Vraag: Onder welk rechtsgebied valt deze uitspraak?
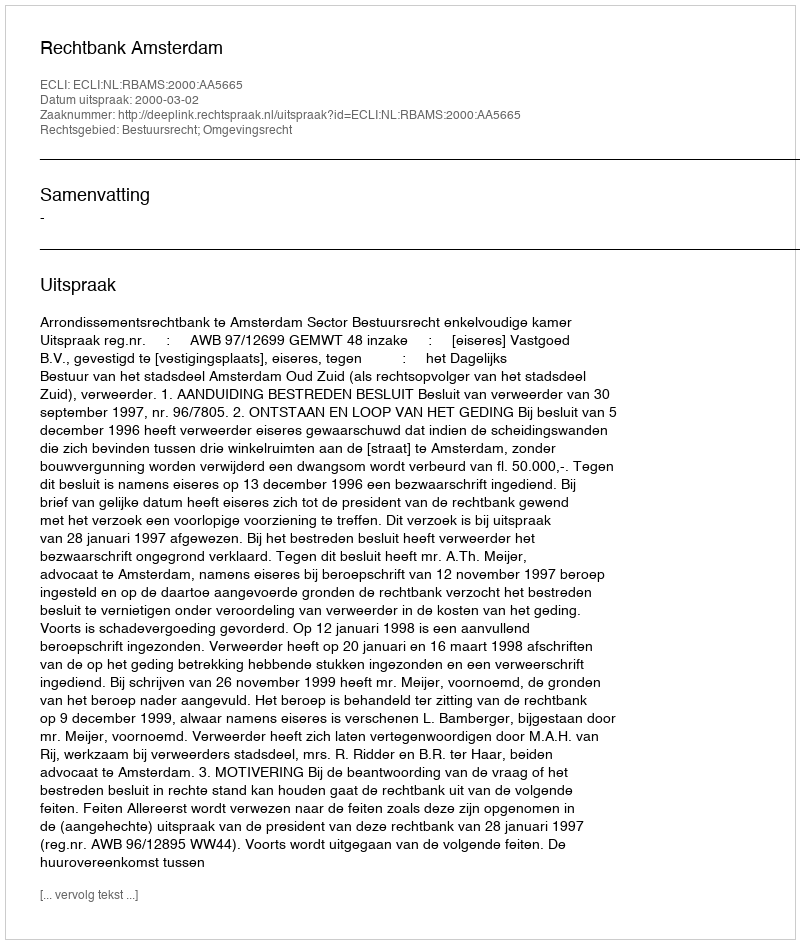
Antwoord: Bestuursrecht; Omgevingsrecht